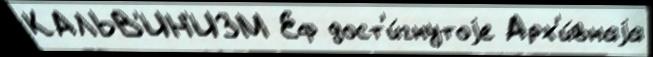
КАЛЬВ'ИН'ИЗМ Еф дост'и́гнутоjе Арх'и́внаjа